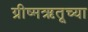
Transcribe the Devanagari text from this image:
ग्रीष्मऋतूच्या